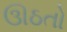
ઊઠતો